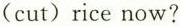
(cut)rice now?